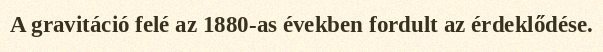
A gravitáció felé az 1880-as években fordult az érdeklődése.